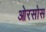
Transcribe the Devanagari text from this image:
ओरसोस